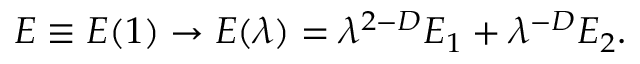
E \equiv E ( 1 ) \rightarrow E ( \lambda ) = \lambda ^ { 2 - D } E _ { 1 } + \lambda ^ { - D } E _ { 2 } .